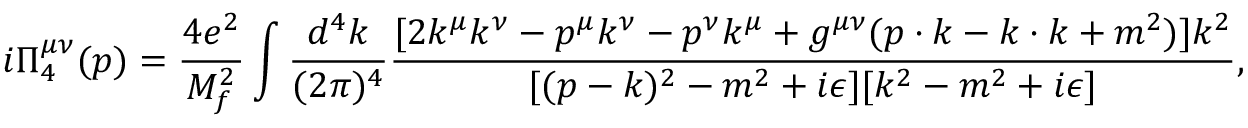
i \Pi _ { 4 } ^ { \mu \nu } ( p ) = \frac { 4 e ^ { 2 } } { M _ { f } ^ { 2 } } \int \frac { d ^ { 4 } k } { ( 2 \pi ) ^ { 4 } } \frac { [ 2 k ^ { \mu } k ^ { \nu } - p ^ { \mu } k ^ { \nu } - p ^ { \nu } k ^ { \mu } + g ^ { \mu \nu } ( p \cdot k - k \cdot k + m ^ { 2 } ) ] k ^ { 2 } } { [ ( p - k ) ^ { 2 } - m ^ { 2 } + i \epsilon ] [ k ^ { 2 } - m ^ { 2 } + i \epsilon ] } ,